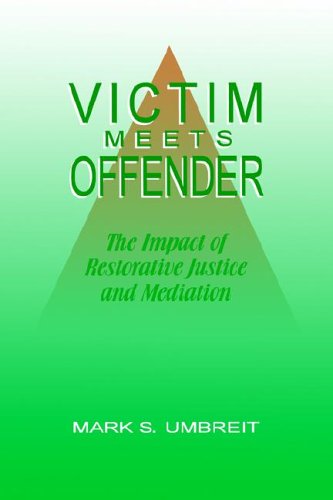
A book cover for Victim Meets Offender: The Impact of Restorative Justice and Mediation; Mark S. Umbreit; Law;